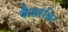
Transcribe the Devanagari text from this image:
कैसरश्निट